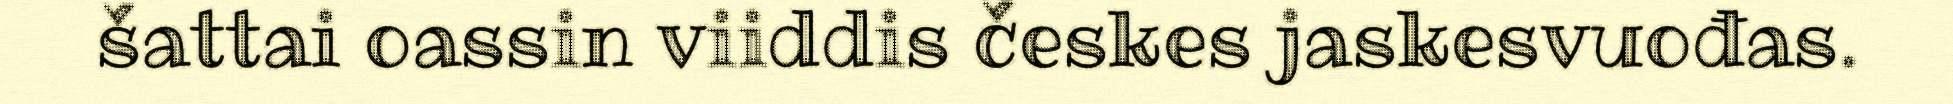
šattai oassin viiddis českes jaskesvuođas.